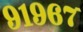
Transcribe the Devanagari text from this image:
९१९६७